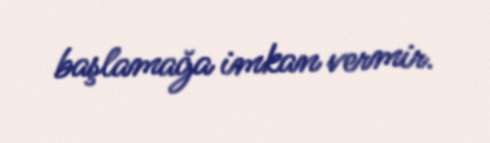
başlamağa imkan vermir.